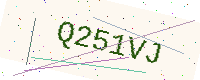
Text: Q251VJ